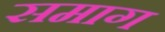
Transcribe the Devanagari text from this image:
समाग